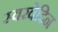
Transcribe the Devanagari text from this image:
स्वरवेदिन